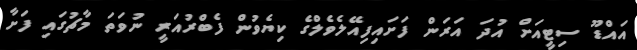
އައްޑޫ ސިޓީއަށް އުދަ އަރަން ފަށައިފިއޭލެވެލްގެ ކިޔެވުން ފެބްރުއަރީ ނުވަތަ މާޗުގައި ފަށާ